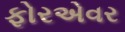
ફોરએવર